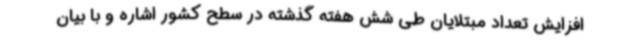
افزایش تعداد مبتلایان طی شش هفته گذشته در سطح کشور اشاره و با بیان